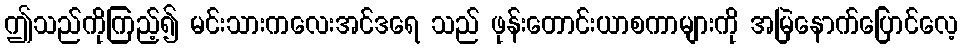
ဤသည်ကိုကြည့်၍ မင်းသားကလေးအင်ဒရေ သည် ဖုန်းတောင်းယာစကာများကို အမြဲနောက်ပြောင်လေ့